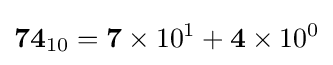
\mathbf {74} _{10}=\mathbf {7} \times 10^{1}+\mathbf {4} \times 10^{0}